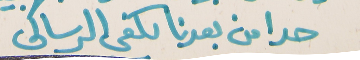
حدا من بعدنا يكفى الرسالى